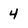
Character: 4